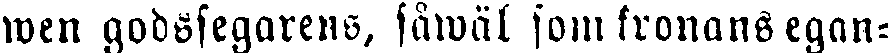
wen godssegarens, såwäl som kronans egan-